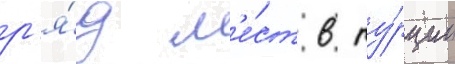
р'я́д м'е́ст в ту́рции